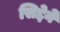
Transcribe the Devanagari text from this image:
सिद्देने